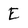
Character: E